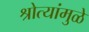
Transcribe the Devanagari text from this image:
श्रोत्यांमुळे